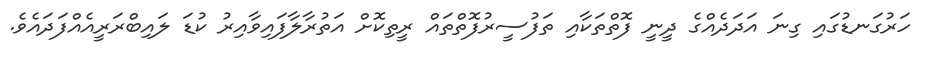
ހަރުގަނޑުގައި ގިނަ އަދަދެއްގެ ދީނީ ފޮތްތަކާއި ތަފުސީރުފޮތްތައް ރީތިކޮށް އަތުރާލާފައިވާއިރު ކުޑަ ލައިބްރަރީއެއްފަދައެވެ.